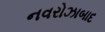
નવરોઝાબાદ